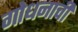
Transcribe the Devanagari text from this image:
गोधनाची